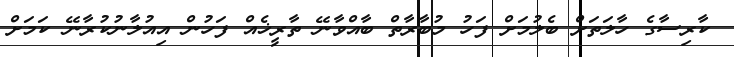
ކާރިސާގެ ހާލަތަށް ބެލުމަށް ފަހު މުބާރާތް ބާއްވާނޭ ތާރީޚެއް ފަހުން އިއުލާނުކުރާނޭ ކަމަށް